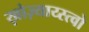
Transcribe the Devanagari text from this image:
ख़ोज़्याय्स्त्वो